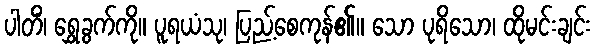
ပါတိံ၊ ရွှေခွက်ကို။ ပူရယံသု၊ ပြည့်စေကုန်၏။ သော ပုရိသော၊ ထိုမင်းချင်း